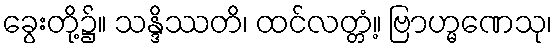
ခွေးတို့၌။ သန္ဒိဿတိ၊ ထင်လတ္တံ့။ ဗြာဟ္မဏေသု၊